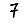
Digit: 7